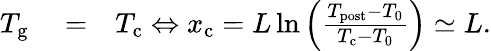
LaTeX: \begin{array}{rlr}{T_{\mathrm{g}}}&{{}=}&{T_{\mathrm{c}}\Leftrightarrow x_{\mathrm{c}}=L\ln\left(\frac{T_{\mathrm{post}}-T_{0}}{T_{\mathrm{c}}-T_{0}}\right)\simeq L.}\end{array}